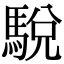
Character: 駾